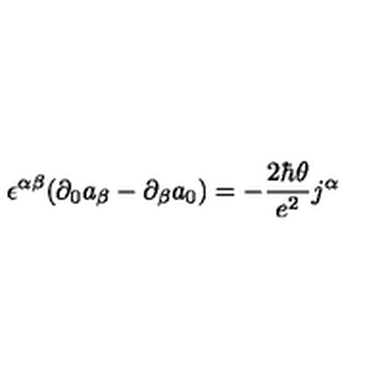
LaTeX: \epsilon ^ { \alpha \beta } ( \partial _ { 0 } a _ { \beta } - \partial _ { \beta } a _ { 0 } ) = - { \frac { 2 \hbar \theta } { e ^ { 2 } } } j ^ { \alpha }